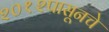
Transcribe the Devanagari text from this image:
२०१२पासूनचे